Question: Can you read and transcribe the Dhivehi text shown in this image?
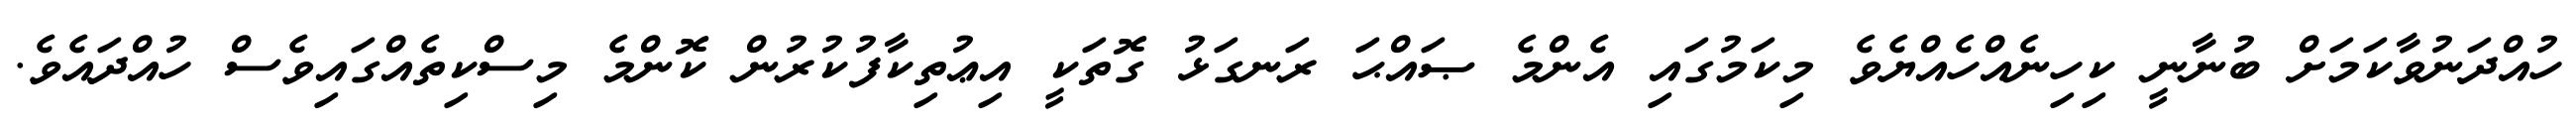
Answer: ހުއްދަނުވާކަމަށް ބުނާނީ ކިހިނެއްހެއްޔެވެ މިކަމުގައި އެންމެ ޞައްޙަ ރަނގަޅު ގޮތަކީ އިޢުތިކާފުކުރުން ކޮންމެ މިސްކިތެއްގައިވެސް ހުއްދައެވެ.